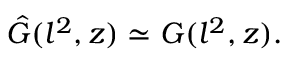
\hat { G } ( l ^ { 2 } , z ) \simeq G ( l ^ { 2 } , z ) .